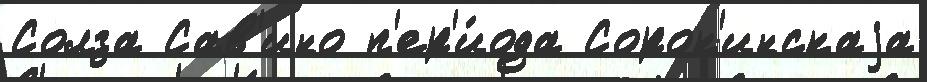
Солза Сав'ино п'ер'и́ода Сорок'инскаjа